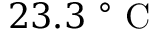
2 3 . 3 \mathrm { ~ } ^ { \circ } \mathrm { ~ C ~ }